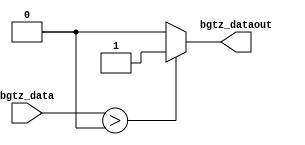
`timescale 1ns / 1ps
//////////////////////////////////////////////////////////////////////////////////
// Company: 
// Engineer: 
// 
// Design Name: 
// Module Name:    bijiao_bgtz 
// Project Name: 
// Target Devices: 
// Tool versions: 
// Description: 
//
// Dependencies: 
//
// Revision: 
// Revision 0.01 - File Created
// Additional Comments: 
//
//////////////////////////////////////////////////////////////////////////////////
module bijiao_bgtz(
    input [31:0] bgtz_data,
    output bgtz_dataout
    );
	 assign bgtz_dataout = ($signed(bgtz_data) > 0)? 1:0;

endmodule